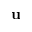
{ \mathbf u }